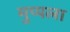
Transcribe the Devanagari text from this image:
मुप्पला